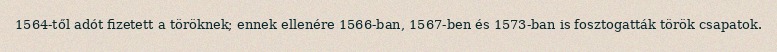
1564-től adót fizetett a töröknek; ennek ellenére 1566-ban, 1567-ben és 1573-ban is fosztogatták török csapatok.